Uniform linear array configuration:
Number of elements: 48
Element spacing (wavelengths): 0.25
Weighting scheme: cosine
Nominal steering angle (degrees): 60
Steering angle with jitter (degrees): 58.19
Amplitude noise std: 0.05
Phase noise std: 0.05

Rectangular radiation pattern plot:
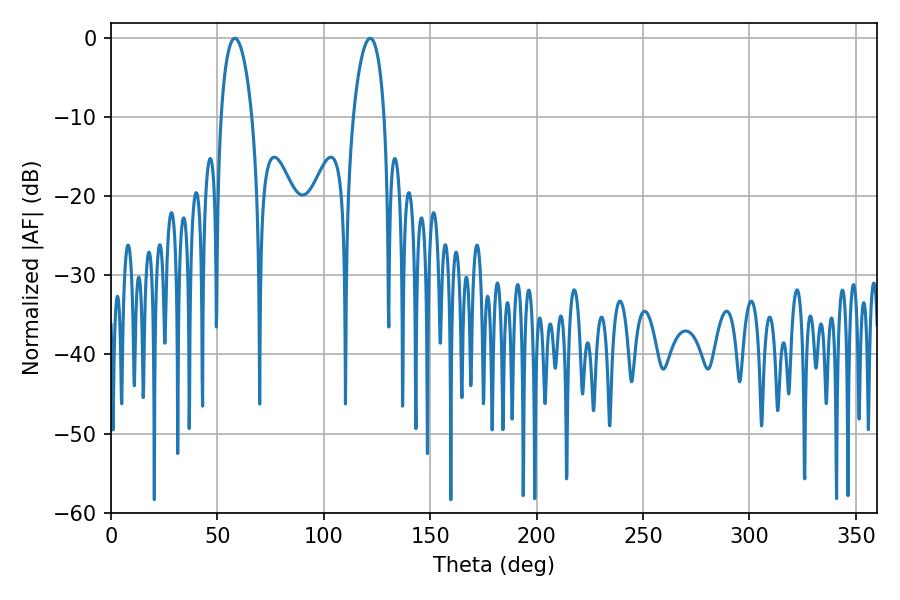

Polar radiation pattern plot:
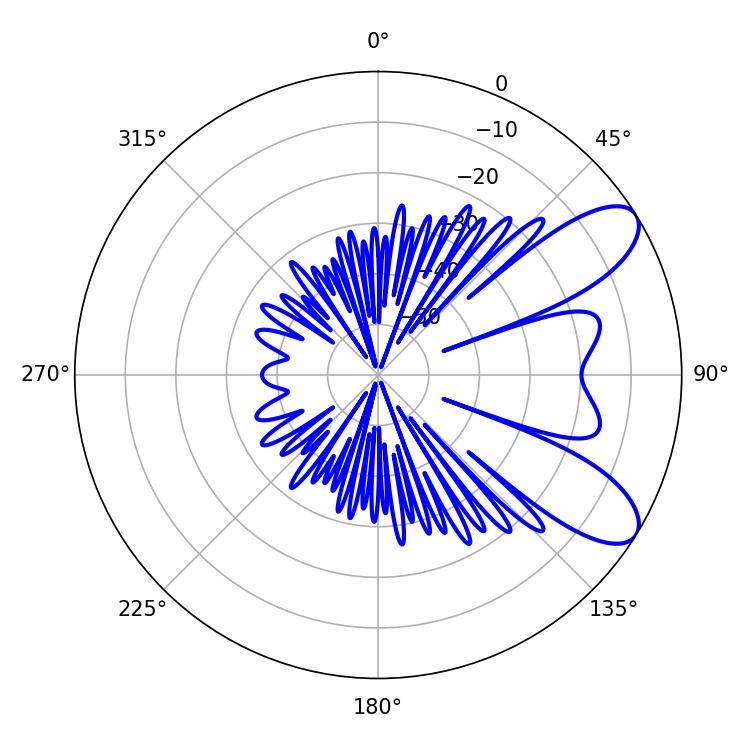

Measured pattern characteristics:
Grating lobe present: FALSE
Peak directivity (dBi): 8.61
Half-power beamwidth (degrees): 8.28
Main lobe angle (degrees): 58.14